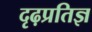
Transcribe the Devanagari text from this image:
दृढ़प्रतिज्ञ